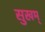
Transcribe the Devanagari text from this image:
सुखम्